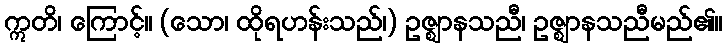
ဣတိ၊ ကြောင့်။ (သော၊ ထိုရဟန်းသည်၊) ဥဇ္ဈာနသညီ၊ ဥဇ္ဈာနသညီမည်၏။